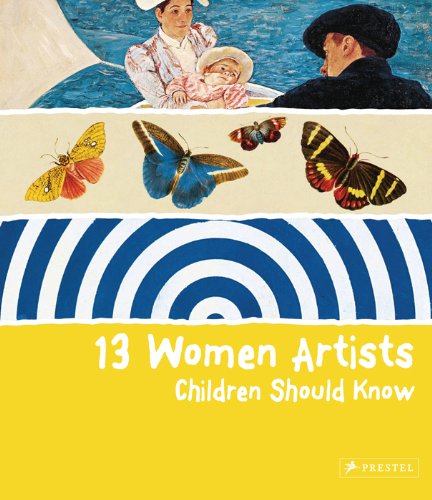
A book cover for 13 Women Artists Children Should Know; Bettina Shuemann; Children's Books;